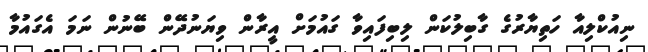
ނިއުކްލިއާ ހަތިޔާރުގެ ގާބިލުކަން ލިބިފައިވާ ގައުމަށް އީރާން ވިޔަނުދޭން ބޭނުން ނަމަ އެގައުމާ